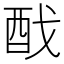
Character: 䣬